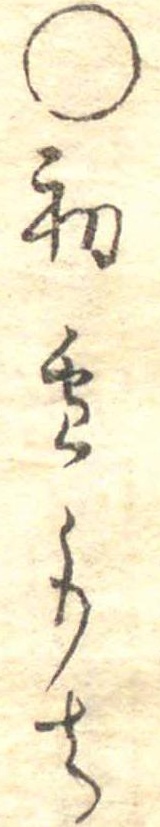
○初雪もち